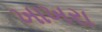
ખાખરા